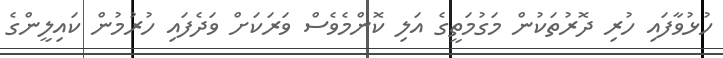
ހުޅުވާފައި ހުރި ދޮރުތަކުން މަގުމަތީގެ އަލި ކޮންމެވެސް ވަރަަކަށް ވަދެފައި ހުރުމުން ކައިލީންގެ